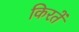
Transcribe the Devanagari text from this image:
किरतें